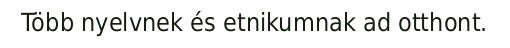
Több nyelvnek és etnikumnak ad otthont.